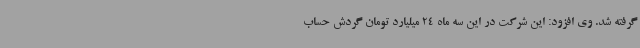
گرفته شد. وی افزود: این شرکت در این سه ماه 24 میلیارد تومان گردش حساب